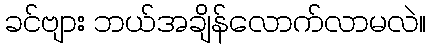
ခင်ဗျား ဘယ်အချိန်လောက်လာမလဲ။